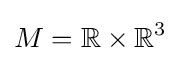
M=\mathbb {R} \times \mathbb {R} ^{3}